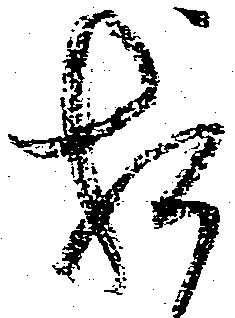
相